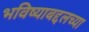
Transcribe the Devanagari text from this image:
भविष्याबद्दलच्या